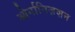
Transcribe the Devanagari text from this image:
ओर्गानिज़शन